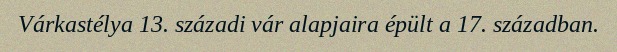
Várkastélya 13. századi vár alapjaira épült a 17. században.